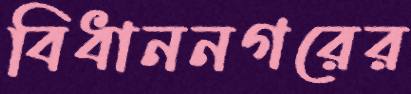
বিধাননগরের